Annual administration report of the Civil Veterinary Department of India - 1897-1898
Year: 1897
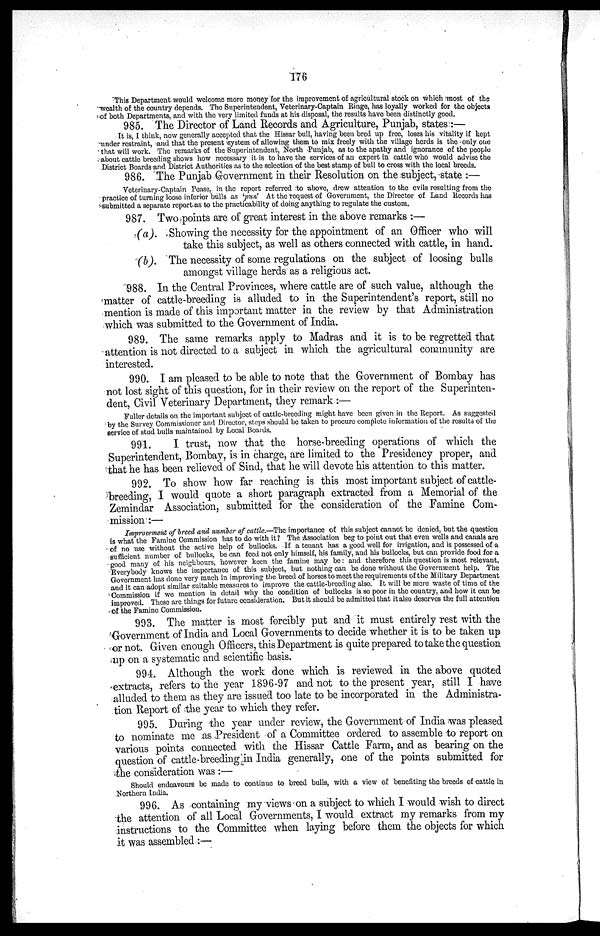
176
This Department would welcome more money for the improvement of agricultural stock on which most of the
wealth of the country depends. The Superintendent, Veterinary-Captain Ringe, has loyally worked for the objects
of both Departments, and with the very limited funds at his disposal, the results have been distinctly good.
985. The Director of Land Records and Agriculture, Punjab, states:—
It is, I think, now generally accepted that the Hissar bull, having been bred up free, loses his vitality if kept
under restraint, and that the present system of allowing them to mix freely with the village herds is the only one
that will work. The remarks of the Superintendent, North Punjab, as to the apathy and ignorance of the people
about cattle breeding shows how necessary it is to have the services of an expert in cattle who would advise the
District Boards and District Authorities as to the selection of the best stamp of bull to cross with the local breeds.
986. The Punjab Government in their Resolution on the subject, state:—
Veterinary-Captain Pease, in the report referred to above, drew attention to the evils resulting from the
practice of turning loose inferior bulls as 'pun' At the request of Government, the Director of Land Records has
submitted a separate report as to the practicability of doing anything to regulate the custom.
987. Two points are of great interest in the above remarks:—
(a). Showing the necessity for the appointment of an Officer who will
take this subject, as well as others connected with cattle, in hand.
(b). The necessity of some regulations on the subject of loosing bulls
amongst village herds as a religious act.
988. In the Central Provinces, where cattle are of such value, although the
matter of cattle-breeding is alluded to in the Superintendent's report, still no
mention is made of this important matter in the review by that Administration
which was submitted to the Government of India.
989. The same remarks apply to Madras and it is to be regretted that
attention is not directed to a subject in which the agricultural community are
interested.
990. I am pleased to be able to note that the Government of Bombay has
not lost sight of this question, for in their review on the report of the Superinten-
dent, Civil Veterinary Department, they remark:—
Fuller details on the important subject of cattle-breeding might have been given in the Report. As suggested
by the Survey Commissioner and Director, steps should be taken to procure complete information of the results of the
service of stud bulls maintained by Local Boards.
991.
I trust, now that the horse-breeding operations of which the
Superintendent, Bombay, is in charge, are limited to the Presidency proper, and
that he has been relieved of Sind, that he will devote his attention to this matter.
992. To show how far reaching is this most important subject of cattle-
breeding, I would quote a short paragraph extracted from a Memorial of the
Zemindar Association, submitted for the consideration of the Famine Com-
mission:—
Improvement of breed and number of cattle.—The importance of this subject cannot be denied, but the question
is what the Famine Commission has to do with it? The Association beg to point out that even wells and canals are
of no use without the active help of bullocks. If a tenant has a good well for irrigation, and is possessed of a
sufficient number of bullocks, be can feed not only himself, his family, and his bullocks, but can provide food for a
good many of his neighbours, however keen the famine may be: and therefore this question is most relevant.
Everybody knows the importance of this subject, but nothing can be done without the Government help. The
Government has done very much in improving the breed of horses to meet the requirements of the Military Department
and it can adopt similar suitable measures to improve the cattle-breeding also. It will be mere waste of time of the
Commission if we mention in detail why the condition of bullocks is so poor in the country, and how it can be
improved. These are things for future consideration. But it should be admitted that it also deserves the full attention
of the Famine Commission.
993. The matter is most forcibly put and it must entirely rest with the
Government of India and Local Governments to decide whether it is to be taken up
or not. Given enough Officers, this Department is quite prepared to take the question
up on a systematic and scientific basis.
994. Although the work done which is reviewed in the above quoted
extracts, refers to the year 1896-97 and not to the present year, still I have
alluded to them as they are issued too late to be incorporated in the Administra-
tion Report of the year to which they refer.
995. During the year under review, the Government of India was pleased
to nominate me as President of a Committee ordered to assemble to report on
various points connected with the Hissar Cattle Farm, and as bearing on the
question of cattle-breeding in India generally, one of the points submitted for
the consideration was:—
Should endeavours be made to continue to breed bulls, with a view of benefiting the breeds of cattle in
Northern India.
996. As containing my views on a subject to which I would wish to direct
the attention of all Local Governments, I would extract my remarks from my
instructions to the Committee when laying before them the objects for which
it was assembled:—